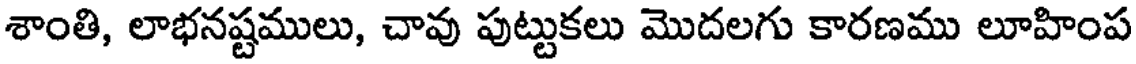
శాంతి, లాభనష్టములు, చావు పుట్టుకలు మొదలగు కారణము లూహింప